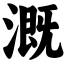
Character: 溉